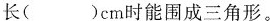
长()cm时能围成三角形。